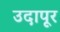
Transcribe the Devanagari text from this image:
उदापूर